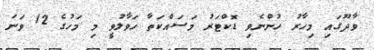
ވާދޫގައި މިހާރު ހުންނެވި ޑޮކްޓަރު މަސައްކަތާ ހަވާލުވީ މި މަހުގެ 12 ވަނަ